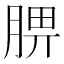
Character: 𦜠